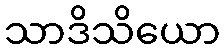
သာဒိသိယော